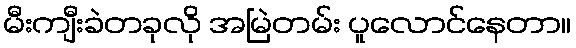
မီးကျီးခဲတခုလို အမြဲတမ်း ပူလောင်နေတာ။